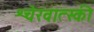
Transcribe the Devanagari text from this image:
श्चेरवात्स्की